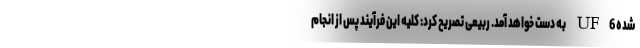
شده UF6 به دست خواهد آمد. ربیعی تصریح کرد: کلیه این فرآیند پس از انجام